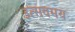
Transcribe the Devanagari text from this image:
उत्सवमय